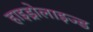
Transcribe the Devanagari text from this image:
हाइड्रोलाइज्ड